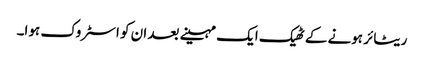
ریٹائر ہونے کے ٹھیک ایک مہینے بعد ان کو اسٹروک ہوا۔